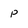
Character: P